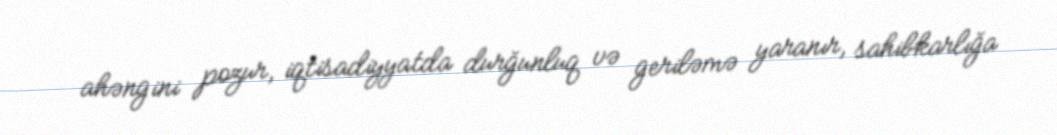
ahəngini pozur, iqtisadiyyatda durğunluq və geriləmə yaranır, sahibkarlığa